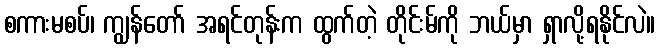
စကားမစပ်၊ ကျွန်တော် အရင်တုန်းက ထွက်တဲ့ တိုင်းမ်ကို ဘယ်မှာ ရှာလို့ရနိုင်လဲ။